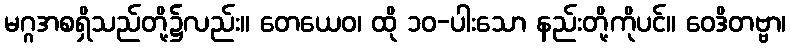
မဂ္ဂအစရှိသည်တို့၌လည်း။ တေယေဝ၊ ထို ၁၀-ပါးသော နည်းတို့ကိုပင်။ ဝေဒိတဗ္ဗာ၊